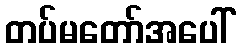
တပ်မတော်အပေါ်